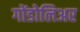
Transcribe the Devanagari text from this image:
गोंडोलिअर